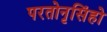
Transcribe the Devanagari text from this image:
परतोनृसिंहो